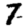
Digit: 7